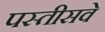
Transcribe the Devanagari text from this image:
पस्तीसवे